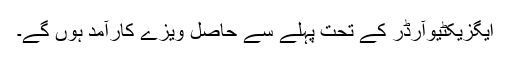
ایگزیکٹیوآرڈر کے تحت پہلے سے حاصل ویزے کارآمد ہوں گے۔